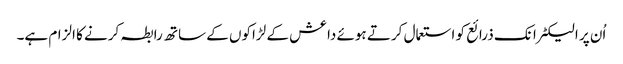
اُن پر الیکٹرانک ذرائع کو استعمال کرتے ہوئے داعش کے لڑاکوں کے ساتھ رابطہ کرنے کا الزام ہے۔